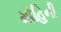
મોહિની